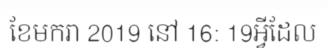
ខែមករា 2019 នៅ 16: 19អ្វីដែល